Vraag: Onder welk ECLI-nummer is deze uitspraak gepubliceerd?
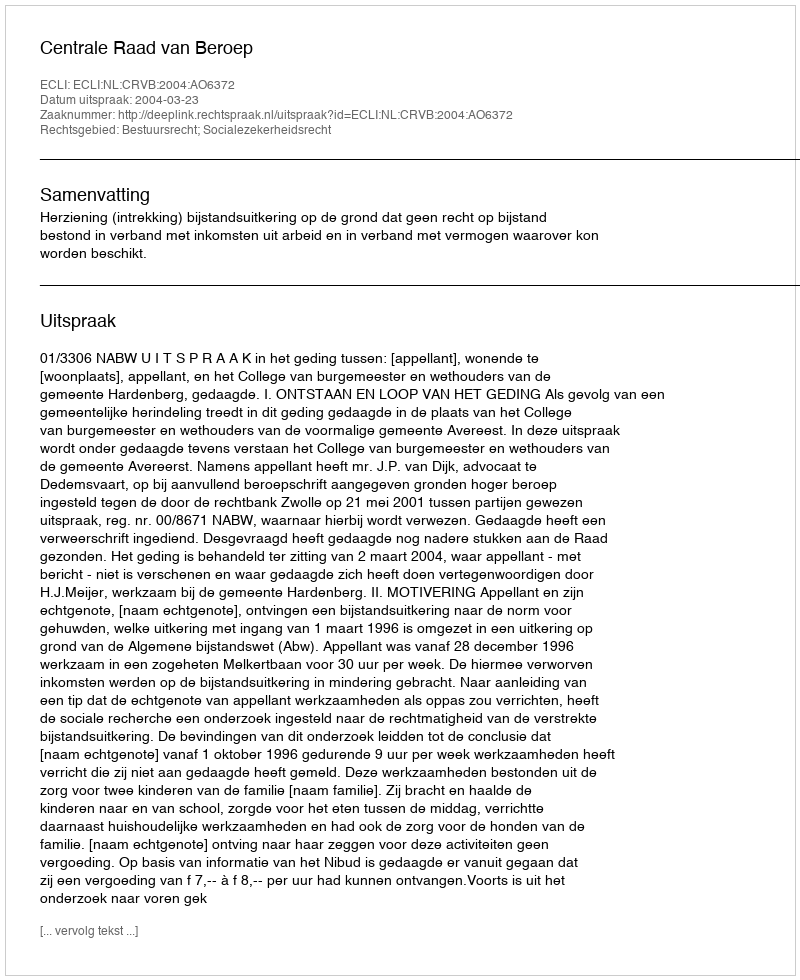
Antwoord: ECLI:NL:CRVB:2004:AO6372